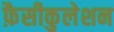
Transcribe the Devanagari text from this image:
फ़ैसीकुलेशन